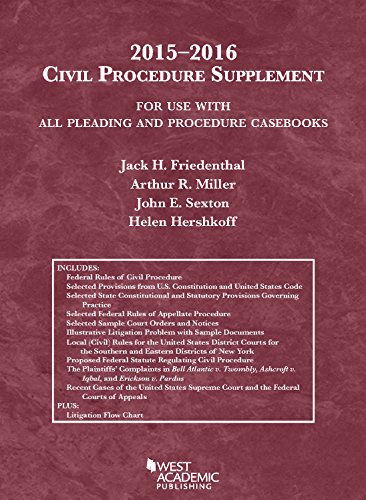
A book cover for Civil Procedure Supplement, For Use with All Pleading and Procedure Casebooks, 2015-2016 (Selected Statutes); Jack Friedenthal; Law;